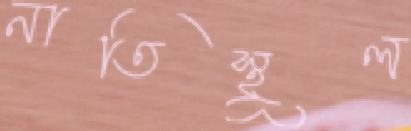
নাতিস্থূল